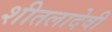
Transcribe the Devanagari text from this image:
शीतलादेवी